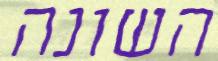
השונה